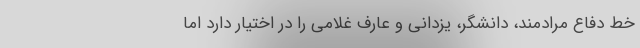
خط دفاع مرادمند، دانشگر، یزدانی و عارف غلامی را در اختیار دارد اما